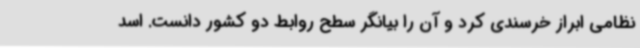
نظامی ابراز خرسندی کرد و آن را بیانگر سطح روابط دو کشور دانست. اسد